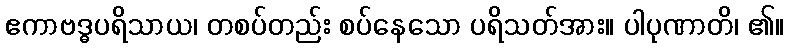
ဧကာဗဒ္ဓပရိသာယ၊ တစပ်တည်း စပ်နေသော ပရိသတ်အား။ ပါပုဏာတိ၊ ၏။